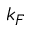
k _ { F }